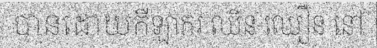
បានដោយកីឡាករ ឈិន ឈឿន នៅ